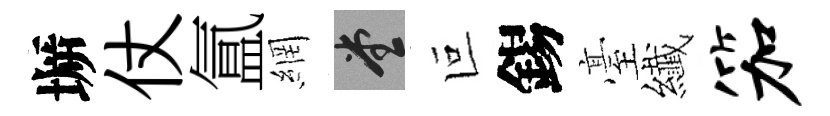
󶱲仗氲網堂叵錫臺纎笳